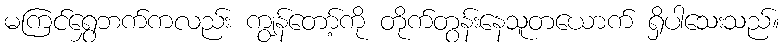
မကြင်ရွှေဘက်ကလည်း ကျွန်တော့်ကို တိုက်တွန်းနေသူတယောက် ရှိပါသေးသည်။